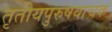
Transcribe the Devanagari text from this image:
तृतीयपुरुषवाचक